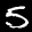
Label: 5